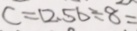
C = 1 2 . 5 6 \div 8 =